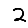
Digit: 2